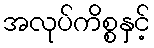
အလုပ်ကိစ္စနှင့်